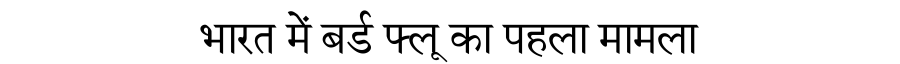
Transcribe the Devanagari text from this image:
भारत में बर्ड फ्लू का पहला मामला